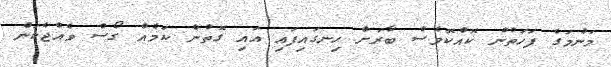
މަންމަގެ ފަހަތުން ކޮއްކޮވެސް ބާރަށް ހިނގައިފައި އައި ގޮތުން ކަމެއް ގޯސް ވެއްޖެކަން